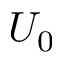
U _ { 0 }